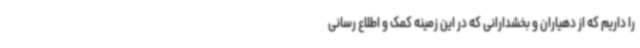
را داریم که از دهیاران و بخشدارانی که در این زمینه کمک و اطلاع رسانی